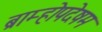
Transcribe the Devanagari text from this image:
ब्राम्होपदेषम